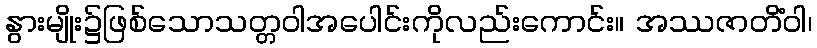
နွားမျိုး၌ဖြစ်သောသတ္တဝါအပေါင်းကိုလည်းကောင်း။ အဿဇာတိံဝါ၊